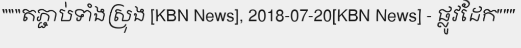
"""តភ្ជាប់ទាំងស្រុង [KBN News], 2018-07-20[KBN News] - ផ្លូវដែក"""